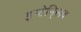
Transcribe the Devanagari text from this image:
इन्टेनि्सव